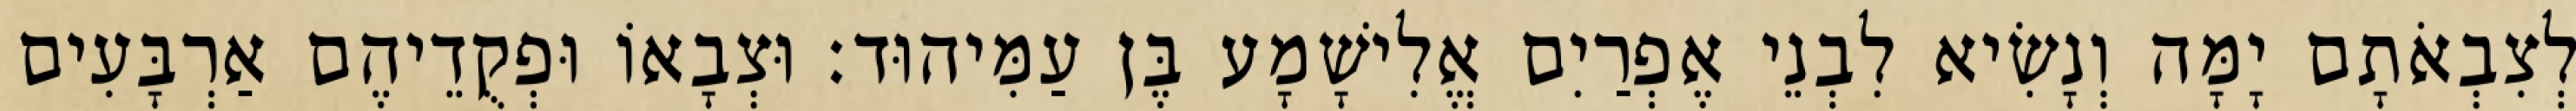
לְצִבְאֹתָם יָמָּה וְנָשִׂיא לִבְנֵי אֶפְרַיִם אֱלִישָׁמָע בֶּן עַמִּיהוּד׃ וּצְבָאוֹ וּפְקֻדֵיהֶם אַרְבָּעִים